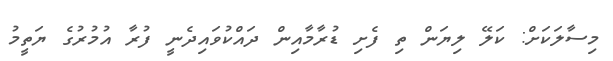
މިސާލަކަށް: ކަލޭ ލިޔަން ތި ފެށި ޑުރާމާއިން ދައްކުވައިދެނީ ފުރާ އުމުރުގެ ޔަތީމު